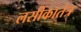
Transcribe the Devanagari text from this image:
लसीकातंत्र